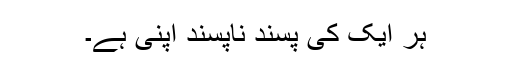
ہر ایک کی پسند ناپسند اپنی ہے۔